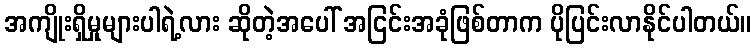
အကျိုးရှိမှုများပါရဲ့လား ဆိုတဲ့အပေါ် အငြင်းအခုံဖြစ်တာက ပိုပြင်းလာနိုင်ပါတယ်။